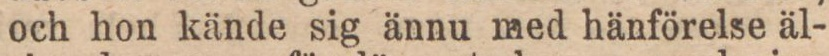
och hon kände sig ännu med hänförelse äl-